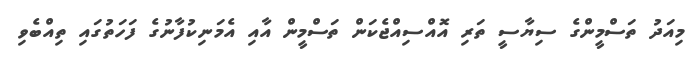
މިއަދު ތަސްމީންގެ ސިޔާސީ ތަރި އޮއްސިއްޖެކަން ތަސްމީން އާއި އެމަނިކުފާނުގެ ފަހަތުގައި ތިއްބެވި